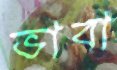
ভাবা